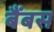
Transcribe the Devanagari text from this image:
बैंबस